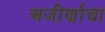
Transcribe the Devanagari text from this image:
अजीर्णाचा